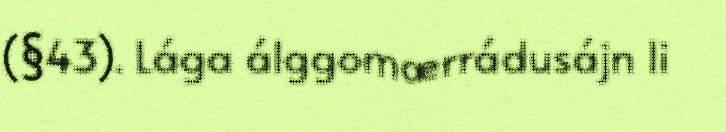
(§43). Lága álggomærrádusájn li